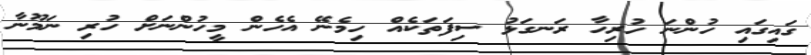
ގައިގައި ހުންނަ ހުރިހާ ރަނގަޅު ސިފަތަކެއް ހިމެނޭ އެހެން މީހުންނަށް ހުރި ނަމޫނާ